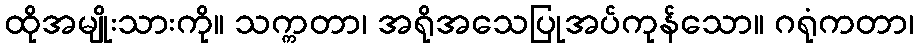
ထိုအမျိုးသားကို။ သက္ကတာ၊ အရိုအသေပြုအပ်ကုန်သော။ ဂရုံကတာ၊